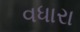
વધારા